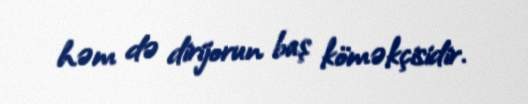
həm də dirijorun baş köməkçisidir.